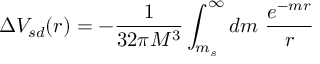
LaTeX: \Delta V _ { s d } ( r ) = - \frac { 1 } { 3 2 \pi M ^ { 3 } } \int _ { m _ { s } } ^ { \infty } d m ~ \frac { e ^ { - m r } } { r } ~